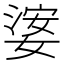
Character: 𡟖